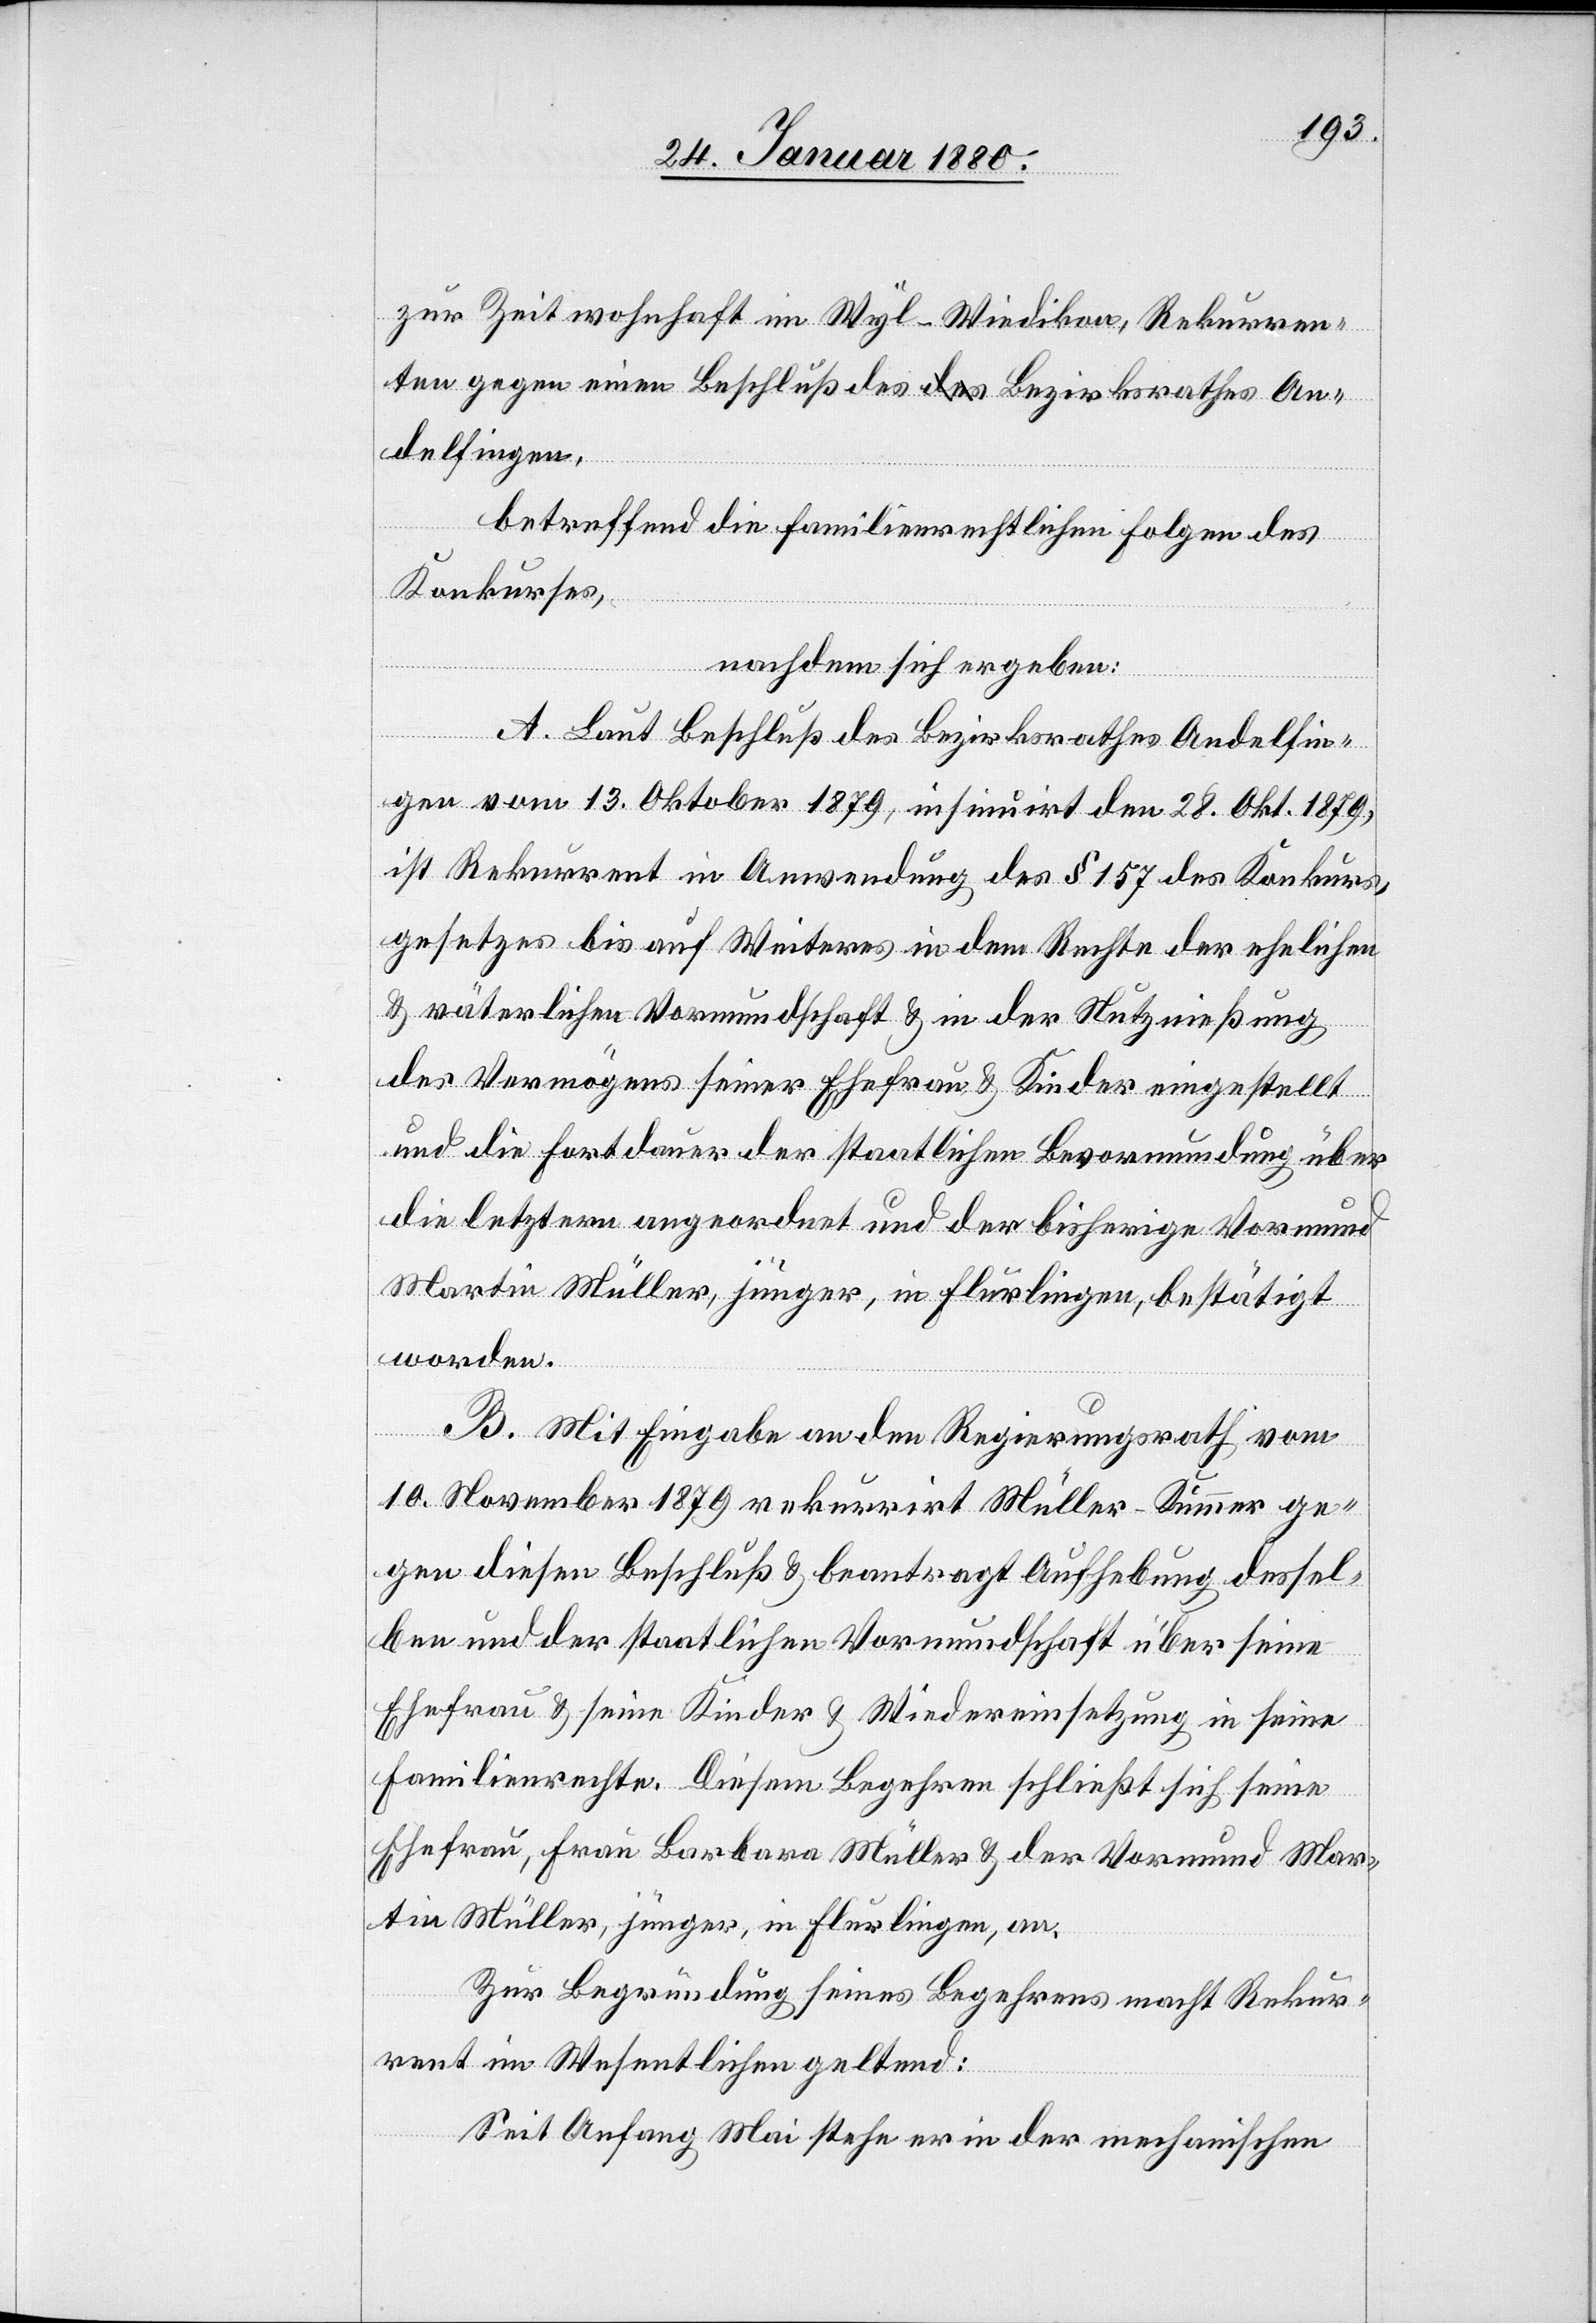
zur Zeit wohnhaft in Wyl - Wiedikon, Rekurren¬
ten gegen einen Beschluß des Bezirksrathes An¬
delfingen,
gen, an.
betreffend die familienrechtlichen Folgen des
Konkurses,
nachdem sich ergeben:
A. Laut Beschluß des Bezirksrathes Andelfin¬
gen vom 13. Oktober 1879, insinuirt den 28. Okt. 1879,
ist Rekurrent in Anwendung des § 157 des Konkurs¬
gesetzes bis auf Weiteres in dem Rechte der ehelichen
& väterlichen Vormundschaft & in der Nutznießung
des Vermögens seiner Ehefrau & Kinder eingestellt
und die Fortdauer der staatlichen Bevormundung über
die letztern angeordnet und der bisherige Vormund
Martin Müller, jünger, in Flurlingen, bestätigt
worden.
B. Mit Eingabe an den Regierungsrath vom
10. November 1879 rekurrirt Müller-Kummer ge¬
gen diesen Beschluß & beantragt Aufhebung dessel¬
ben und der staatlichen Vormundschaft über seine
Ehefrau & seine Kinder & Wiedereinsetzung in seine
Familienrechte. Diesem Begehren schließt sich seine
Ehefrau, Frau Barbara Müller & der Vormund Mar¬
Zur Begründung seines Begehrens macht Rekur¬
rent im Wesentlichen geltend:
Seit Anfang Mai stehe er in der mechanischen